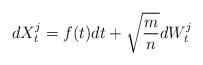
LaTeX: \begin{align*}dX^{j}_t = f(t)dt + \sqrt{\frac{m}{n}}dW_t^{j}\end{align*}